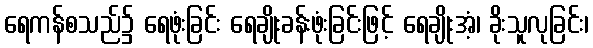
ရေကန်စသည်၌ ရေဖုံးခြင်း ရေချိုးခန်းဖုံးခြင်းဖြင့် ရေချိုးအံ့၊ ခိုးသူလုခြင်း၊